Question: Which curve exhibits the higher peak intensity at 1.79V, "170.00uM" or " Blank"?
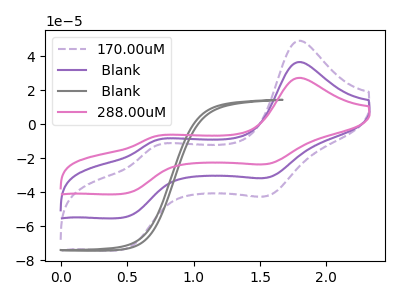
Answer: <think>The purple dashed curve "170.00uM" has anodic peaks at (1.80V, 49.15uA) (0.70V, -12.85uA) and cathodic peaks at (1.55V, -41.85uA) (0.45V, -73.75uA). The purple curve " Blank" has anodic peaks at (1.80V, 36.60uA) (0.70V, -9.55uA) and cathodic peaks at (1.55V, -31.20uA) (0.45V, -54.95uA). The gray curve " Blank" has no peaks. The pink curve "288.00uM" has anodic peaks at (1.80V, 73.20uA) (0.70V, -19.10uA) and cathodic peaks at (1.55V, -62.35uA) (0.45V, -109.85uA).</think>
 <answer>The peak at 1.79V is higher in "170.00uM" than in " Blank".</answer>
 <eval>higher</eval>